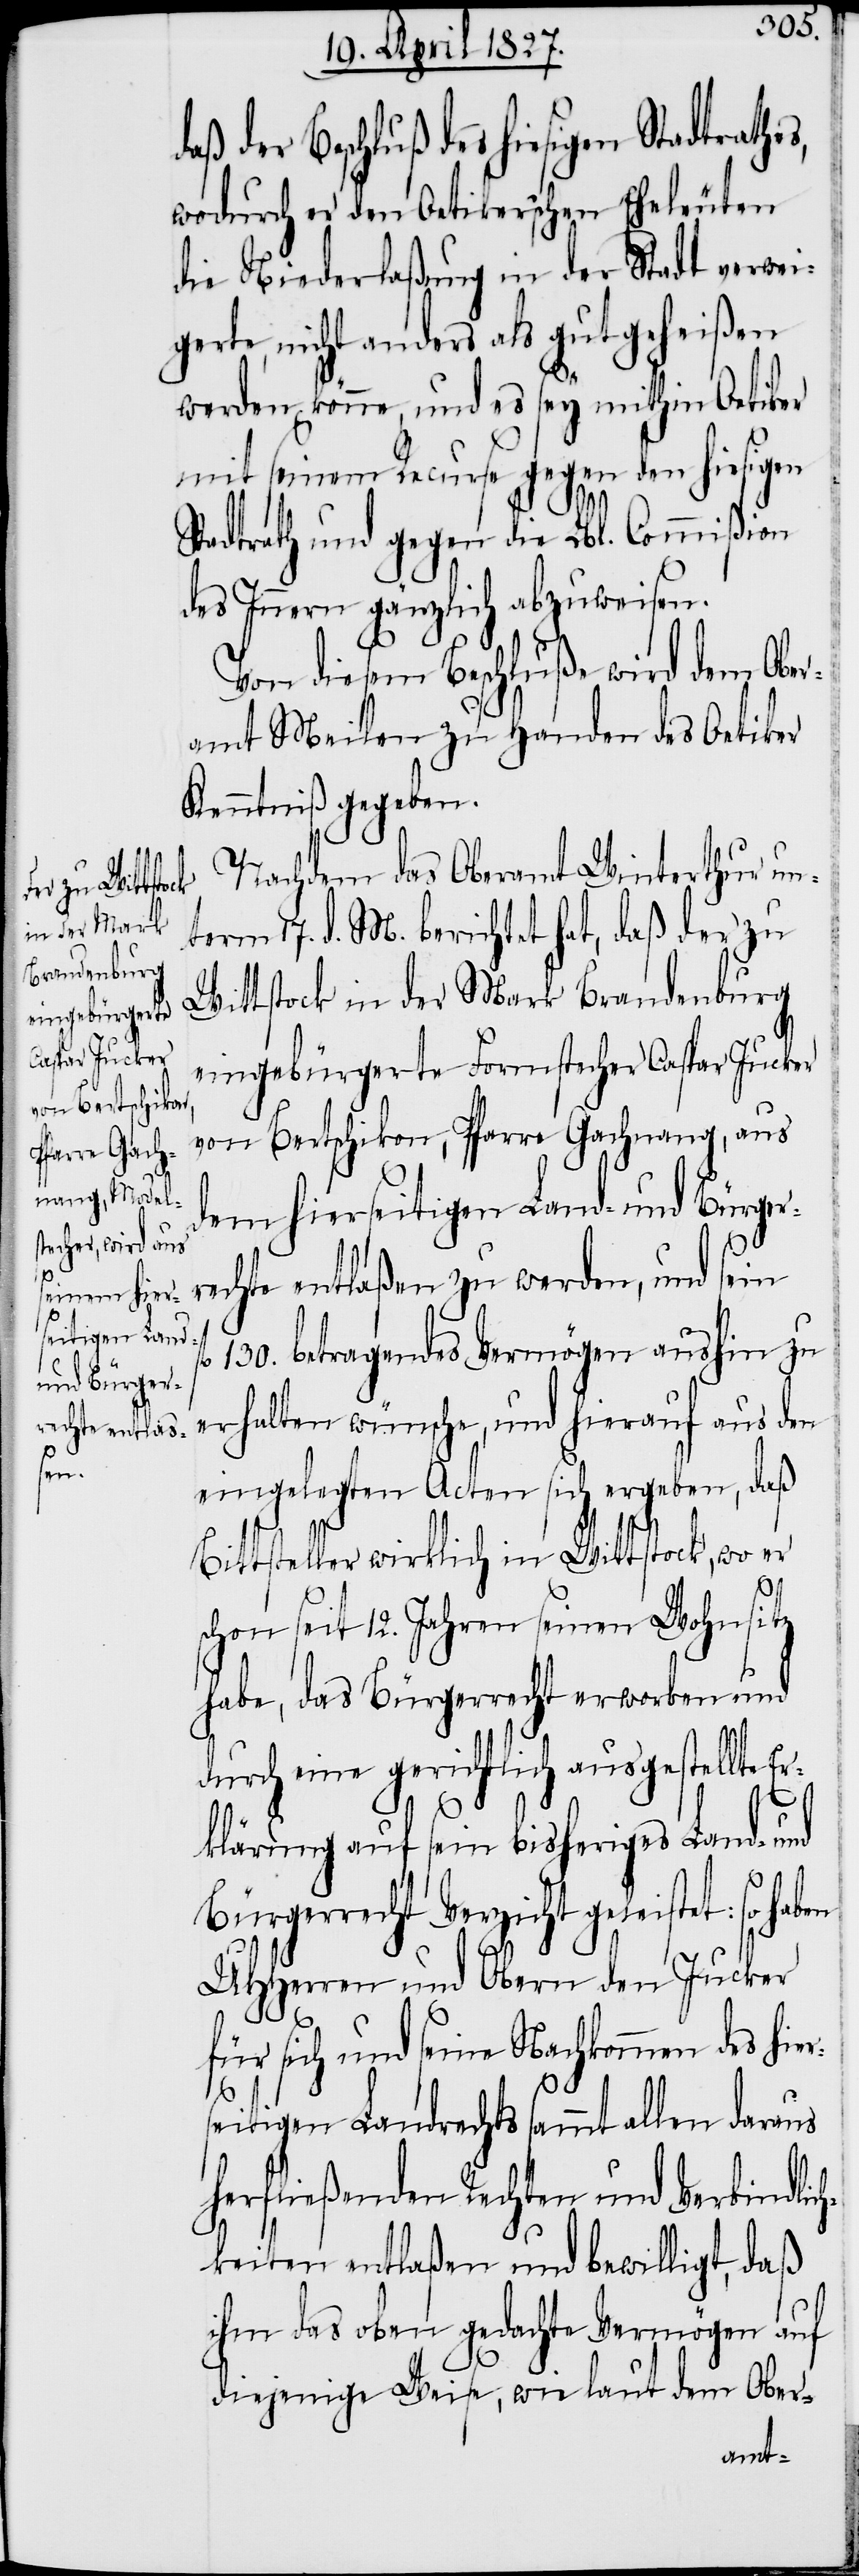
so

der Beschluß des hiesigen Stadtrathe¬
wodurch er den Oetikerschen Eheleuten
die Niederlaßung in der Stadt verwei¬
gerte, nicht anders als gutgeheißen
werden könne, und es sey mithin Oetiker
mit seinem Recurse gegen den hiesigen
Stadtrath und gegen die Lbl. Commißion
des Innern gänzlich abzuweisen.
Von diesem Beschluße wird dem Ober¬
amt Meilen zu Handen des Oetiker
Kenntniß gegeben.
Nachdem das Oberamt Winterthur un¬
term 17. d. M. berichtet hat, daß der zu
Wittstock in der Mark Brandenburg
eingebürgerte Formstecher Caspar Jucker
von Bertschikon, Pfarre Gachnang, aus
dem hierseitigen Land- und Bürger¬
rechte entlaßen zu werden, und sein
130. betragendes Vermögen aushin zu
erhalten wünsche, und hierauf aus den
eingelegten Acten sich ergeben, daß
Bittsteller wirklich in Wittstock, wo er
rs¬
schon seit 12. Jahren seinen Wohnsitz
habe, das Bürgerrecht erworben und
durch eine gerichtlich ausgestellte E¬
rklärung auf sein bisheriges Land- und
Bürgerrecht Verzicht geleistet:
UHHerren und Obern den Jucker
für sich und seine Nachkommen des hie¬
eitigen Landrechts sammt allen daraus
herfließenden Rechten und Verbindlic¬
hkeiten entlaßen und bewilligt, daß
ihm das oben gedachte Vermögen auf
diejenige Weise, wie laut dem Ober-